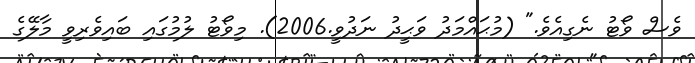
ވެސް ވޯޓު ނެގިއެވެ." (މުޙައްމަދު ވަޙީދު ނަދުވީ.2006). މިވޯޓު ލުމުގައި ބައިވެރިވީ މާލޭގެ